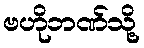
ဗဟိုဘဏ်သို့